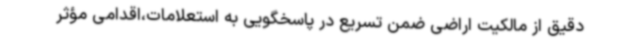
دقیق از مالکیت اراضی ضمن تسریع در پاسخگویی به استعلامات،اقدامی مؤثر